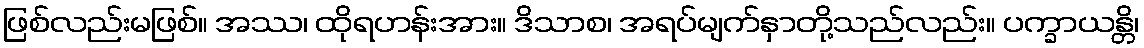
ဖြစ်လည်းမဖြစ်။ အဿ၊ ထိုရဟန်းအား။ ဒိသာစ၊ အရပ်မျက်နှာတို့သည်လည်း။ ပက္ခာယန္တိ၊